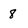
Character: 8